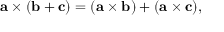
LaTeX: \mathbf { a } \times ( \mathbf { b } + \mathbf { c } ) = ( \mathbf { a } \times \mathbf { b } ) + ( \mathbf { a } \times \mathbf { c } ) ,